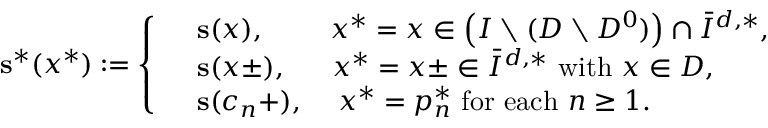
\mathbf { s } ^ { * } ( x ^ { * } ) : = \left\lbrace \begin{array} { r l } & { \mathbf { s } ( x ) , \quad \quad \; x ^ { * } = x \in \left( I \setminus ( D \setminus D ^ { 0 } ) \right) \cap \bar { I } ^ { d , * } , } \\ & { \mathbf { s } ( x \pm ) , \quad \; \; x ^ { * } = x \pm \in \bar { I } ^ { d , * } \mathrm { ~ w i t h ~ } x \in D , } \\ & { \mathbf { s } ( c _ { n } + ) , \quad \, x ^ { * } = p _ { n } ^ { * } \mathrm { ~ f o r ~ e a c h ~ } n \geq 1 . } \end{array} \right.